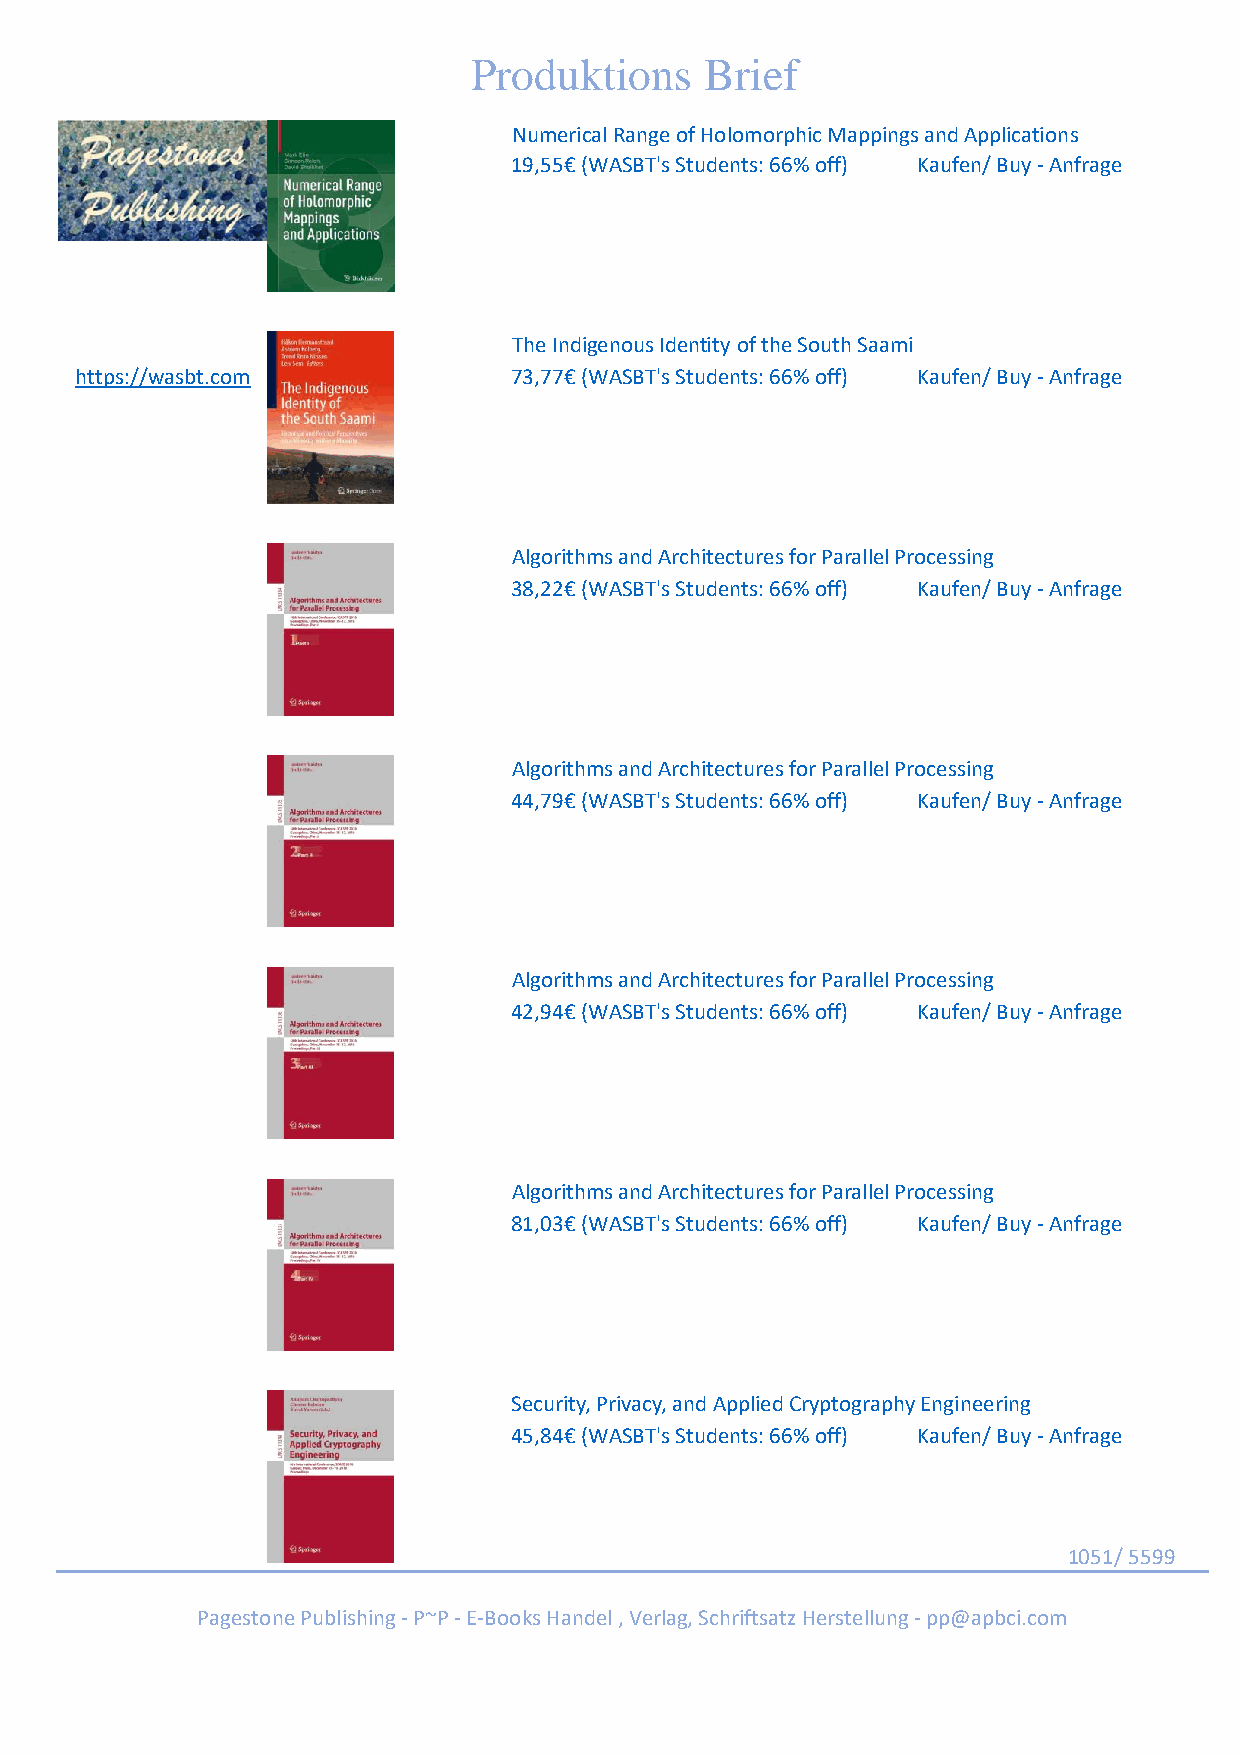
Produktions     Brief
 Numerical Range of Holomorphic Mappings and Applications
 19,55€ (WASBT's Students: 66% off) Kaufen/ Buy - Anfrage
 The Indigenous Identity of the South Saami
 https://wasbt.com            73,77€ (WASBT's Students: 66% off) Kaufen/ Buy - Anfrage
 Algorithms and Architectures for Parallel Processing
 38,22€ (WASBT's Students: 66% off) Kaufen/ Buy - Anfrage
 Algorithms and Architectures for Parallel Processing
 44,79€ (WASBT's Students: 66% off) Kaufen/ Buy - Anfrage
 Algorithms and Architectures for Parallel Processing
 42,94€ (WASBT's Students: 66% off) Kaufen/ Buy - Anfrage
 Algorithms and Architectures for Parallel Processing
 81,03€ (WASBT's Students: 66% off) Kaufen/ Buy - Anfrage
 Security, Privacy, and Applied Cryptography Engineering
 45,84€ (WASBT's Students: 66% off) Kaufen/ Buy - Anfrage
 1051/ 5599
 Pagestone Publishing - P~P - E-Books Handel , Verlag, Schriftsatz Herstellung - pp@apbci.com